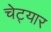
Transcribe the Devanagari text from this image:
चेट्यार